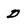
Character: D